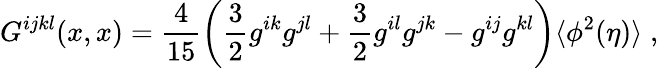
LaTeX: G^{ijkl}(x,x)=\frac{4}{15}\left(\frac{3}{2}g^{ik}g^{jl}+\frac{3}{2}g^{il}g^{jk}-g^{ij}g^{kl}\right)\langle\phi^{2}(\eta)\rangle\; ,